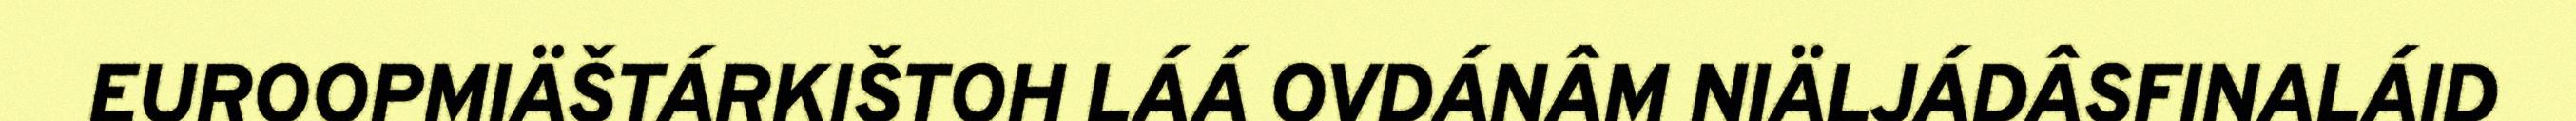
EUROOPMIÄŠTÁRKIŠTOH LÁÁ OVDÁNÂM NIÄLJÁDÂSFINALÁID